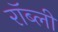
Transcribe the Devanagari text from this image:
रॉब्ली